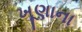
ખૂણાના